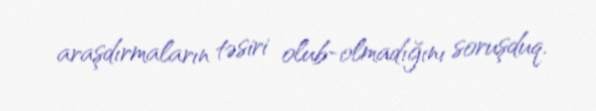
araşdırmaların təsiri olub-olmadığını soruşduq.